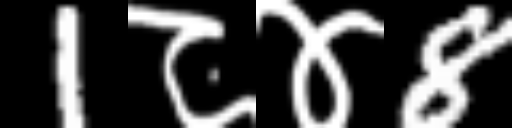
Text: 1८४8